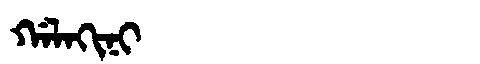
Manchu: ᡤᠠᠯᠠᡴᡳᠨᡳ
Romanization: GALAKINI